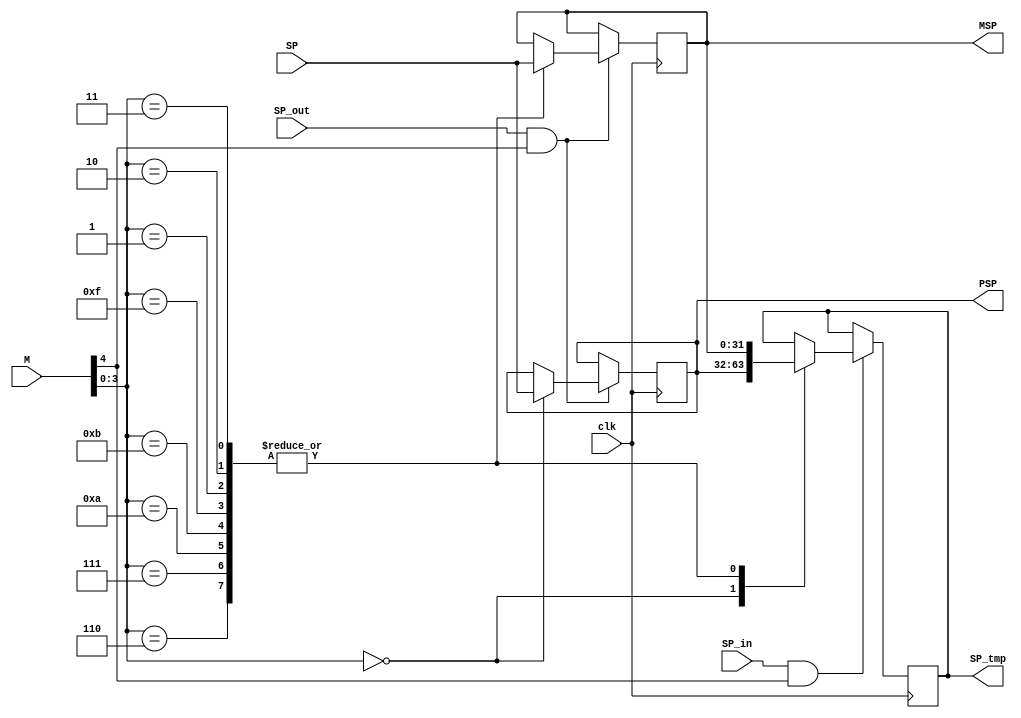

module dual_stack(
    input clk,
    input SP_in,
    input SP_out,
    input [4:0] M,
    input [31:0]SP,
    
    output reg [31:0] SP_tmp,
    output reg [31:0] PSP,
    output reg [31:0] MSP
    );
    
    
    always @(posedge clk) begin
        if (SP_out && M[4]) begin
            case(M[3:0])
                4'd0: PSP <= SP;
                4'd1: MSP <= SP;
                4'd2: MSP <= SP;
                4'd3: MSP <= SP;
                4'd6: MSP <= SP;
                4'd7: MSP <= SP;
                4'd10: MSP <= SP;
                4'd11: MSP <= SP;
                4'd15: MSP <= SP;
                default:;
            endcase
        end 
        
        if (SP_in && M[4]) begin
            case(M[3:0])
                4'd0: SP_tmp <= PSP;
                4'd1: SP_tmp <= MSP;
                4'd2: SP_tmp <= MSP;
                4'd3: SP_tmp <= MSP;
                4'd6: SP_tmp <= MSP;
                4'd7: SP_tmp <= MSP;
                4'd10: SP_tmp <= MSP;
                4'd11: SP_tmp <= MSP;
                4'd15: SP_tmp <= MSP;
            endcase
        end
    end
endmodule